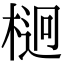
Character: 𣔲